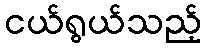
ငယ်ရွယ်သည့်